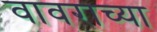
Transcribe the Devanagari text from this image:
वावराच्या